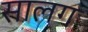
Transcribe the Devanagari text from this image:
सालग